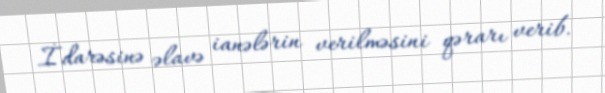
İdarəsinə əlavə ianələrin verilməsini qərarı verib.